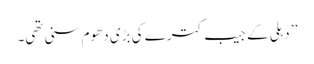
’’ دہلی کے جیب کترے کی بڑی دھوم سنی تھی۔